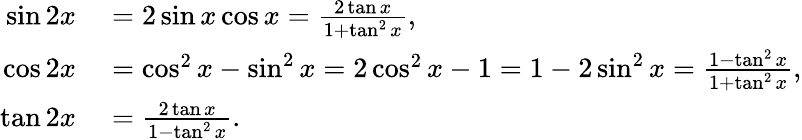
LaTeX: \begin{array}{rl}{\sin 2x}&{{}=2\sin x\cos x={\frac{2\tan x}{1+\tan^{2}x}},}\\ {\cos 2x}&{{}=\cos^{2}x-\sin^{2}x=2\cos^{2}x-1=1-2\sin^{2}x={\frac{1-\tan^{2}x}{1+\tan^{2}x}},}\\ {\tan 2x}&{{}={\frac{2\tan x}{1-\tan^{2}x}}.}\end{array}